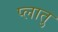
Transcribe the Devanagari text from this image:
प्लातु